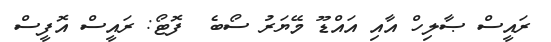
ރައީސް ޞާލިހް އާއި އައްޑޫ މޭޔަރު ސޯބެ  ފޮޓޯ: ރައީސް އޮފީސް